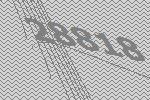
28818